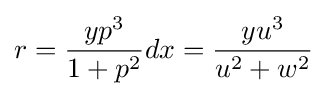
r={\frac {yp^{3}}{1+p^{2}}}dx={\frac {yu^{3}}{u^{2}+w^{2}}}